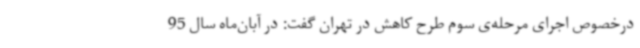
درخصوص اجرای مرحله‌ی سوم طرح کاهش در تهران گفت: در آبان‌ماه سال 95